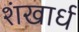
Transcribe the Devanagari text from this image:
शंखार्ध